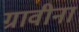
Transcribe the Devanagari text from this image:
ग्रावीना